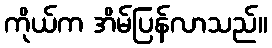
ကိုယ်က အိမ်ပြန်လာသည်။